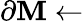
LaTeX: \partial\mathbf{M}\gets